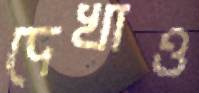
দেখাও